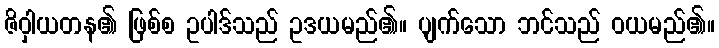
ဇိဝှါယတန၏ ဖြစ်စ ဥပါဒ်သည် ဥဒယမည်၏။ ပျက်သော ဘင်သည် ဝယမည်၏။